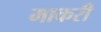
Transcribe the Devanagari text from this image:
माकरी